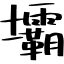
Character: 壩